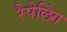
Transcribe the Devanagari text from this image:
रैपेलिंग